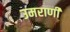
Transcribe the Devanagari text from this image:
उमराणी